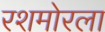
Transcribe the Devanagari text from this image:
रशमोरला